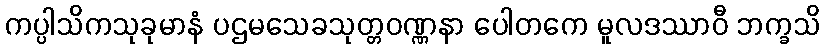
ကပ္ပါသိကသုခုမာနံ ပဌမသေခသုတ္တဝဏ္ဏနာ ပေါတကေ မူလဒဿာဝီ ဘက္ခသိ